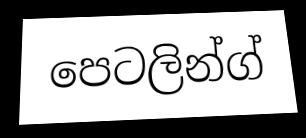
පෙටලින්ග්